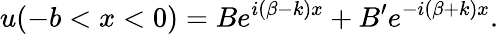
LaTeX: u(-b<x<0)=Be^{i(\beta-k)x}+B^{\prime}e^{-i(\beta+k)x}.